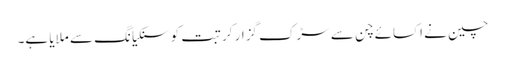
چین نے اکسائے چن سے سڑک گزار کر تبت کو سنکیانگ سے ملایا ہے۔